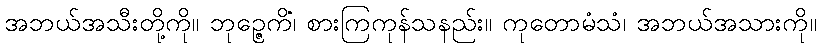
အဘယ်အသီးတို့ကို။ ဘုဉ္ဇေကိံ၊ စားကြကုန်သနည်း။ ကုတောမံသံ၊ အဘယ်အသားကို။